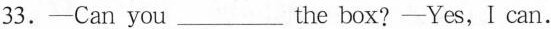
33.——Can you___ the box?——Yes,I can.